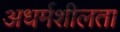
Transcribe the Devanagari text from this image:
अधर्मशीलता